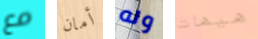
مع أمان وله هيهات